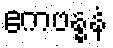
ဧကဗန္ဓနံ